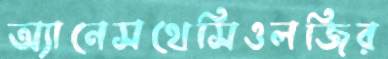
অ্যানেসথেসিওলজির